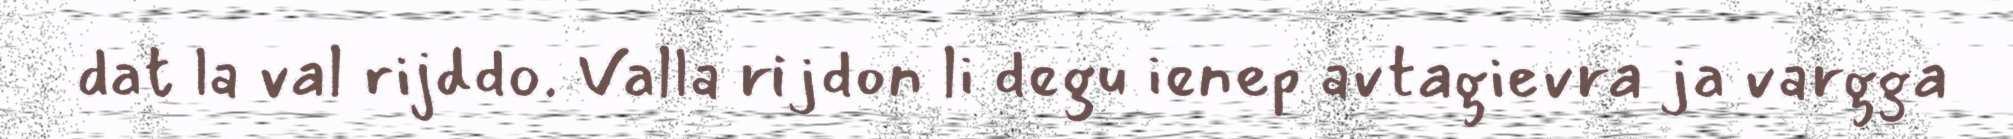
dat la val rijddo. Valla rijdon li degu ienep avtagievra ja vargga